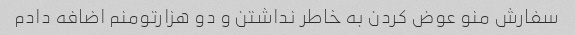
سفارش منو عوض کردن به خاطر نداشتن و دو هزارتومنم اضافه دادم